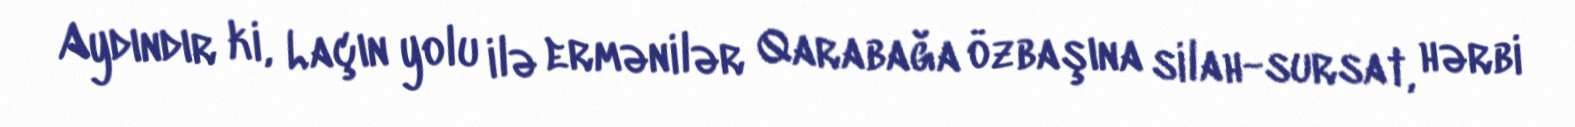
Aydındır ki, Laçın yolu ilə ermənilər Qarabağa özbaşına silah-sursat, hərbi